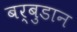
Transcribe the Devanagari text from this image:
बर्बुडान